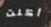
أكلت